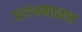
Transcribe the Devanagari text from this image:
प्रारंभकाळात